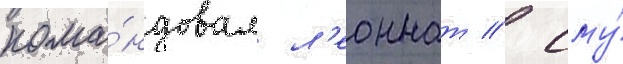
кома́ндовал л'еоннат // Ему́